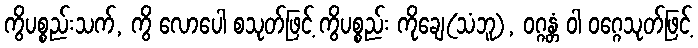
ကွိပစ္စည်းသက်, ကွိ လောပေါ စသုတ်ဖြင့် ကွိပစ္စည်း ကိုချေ(သံဘူ), ဝဂ္ဂန္တံ ဝါ ဝဂ္ဂေသုတ်ဖြင့်